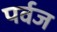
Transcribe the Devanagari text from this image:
पर्वज